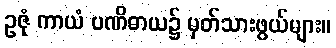
ဥဇုံ ကာယံ ပဏိဓာယ၌ မှတ်သားဖွယ်များ။